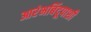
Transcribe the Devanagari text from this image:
आरंभबिंदूपाशी